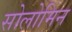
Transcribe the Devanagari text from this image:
सोलोमिन